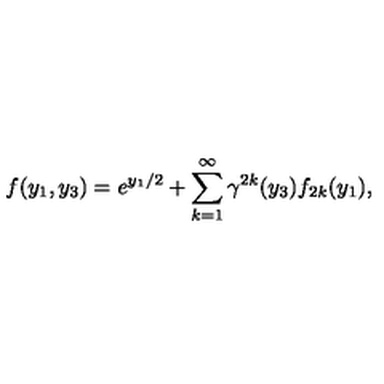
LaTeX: f ( y _ { 1 } , y _ { 3 } ) = e ^ { y _ { 1 } / 2 } + \sum _ { k = 1 } ^ { \infty } { \gamma } ^ { 2 k } ( y _ { 3 } ) f _ { 2 k } ( y _ { 1 } ) ,